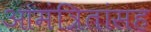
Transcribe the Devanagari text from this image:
आमंत्रितांसह